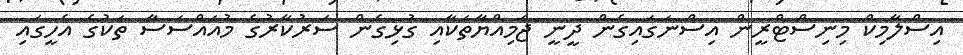
އިސްލާމިކް މިނިސްޓްރީން އިސްނަގައިގެން ދީނީ ޖަމިއްޔާތަކާއި ގުޅިގެން ސަރުކާރުގެ މުއައްސަސާ ތަކުގެ އެހީގައި